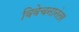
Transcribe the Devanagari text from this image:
विवेचनानंतर